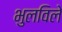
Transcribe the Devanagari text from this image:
भुलविले